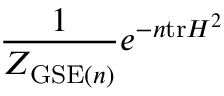
{ \frac { 1 } { Z _ { { \mathrm { G S E } } ( n ) } } } e ^ { - n \mathrm { t r } H ^ { 2 } }